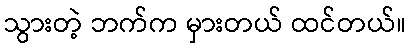
သွားတဲ့ ဘက်က မှားတယ် ထင်တယ်။